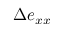
\Delta e _ { x x }